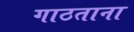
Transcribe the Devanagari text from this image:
गाठताना